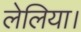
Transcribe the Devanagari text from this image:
लेलिया।